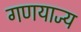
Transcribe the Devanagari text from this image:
गणयाज्य